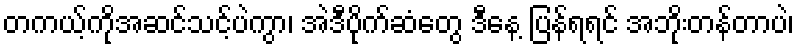
တကယ့်ကိုအဆင်သင့်ပဲကွာ၊ အဲဒီပိုက်ဆံတွေ ဒီနေ့ ပြန်ရရင် အဘိုးတန်တာပဲ၊